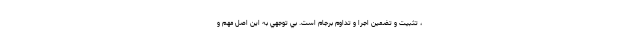
، تثبيت و تضمين اجرا و تداوم برجام است. بي توجهي به اين اصل مهم و